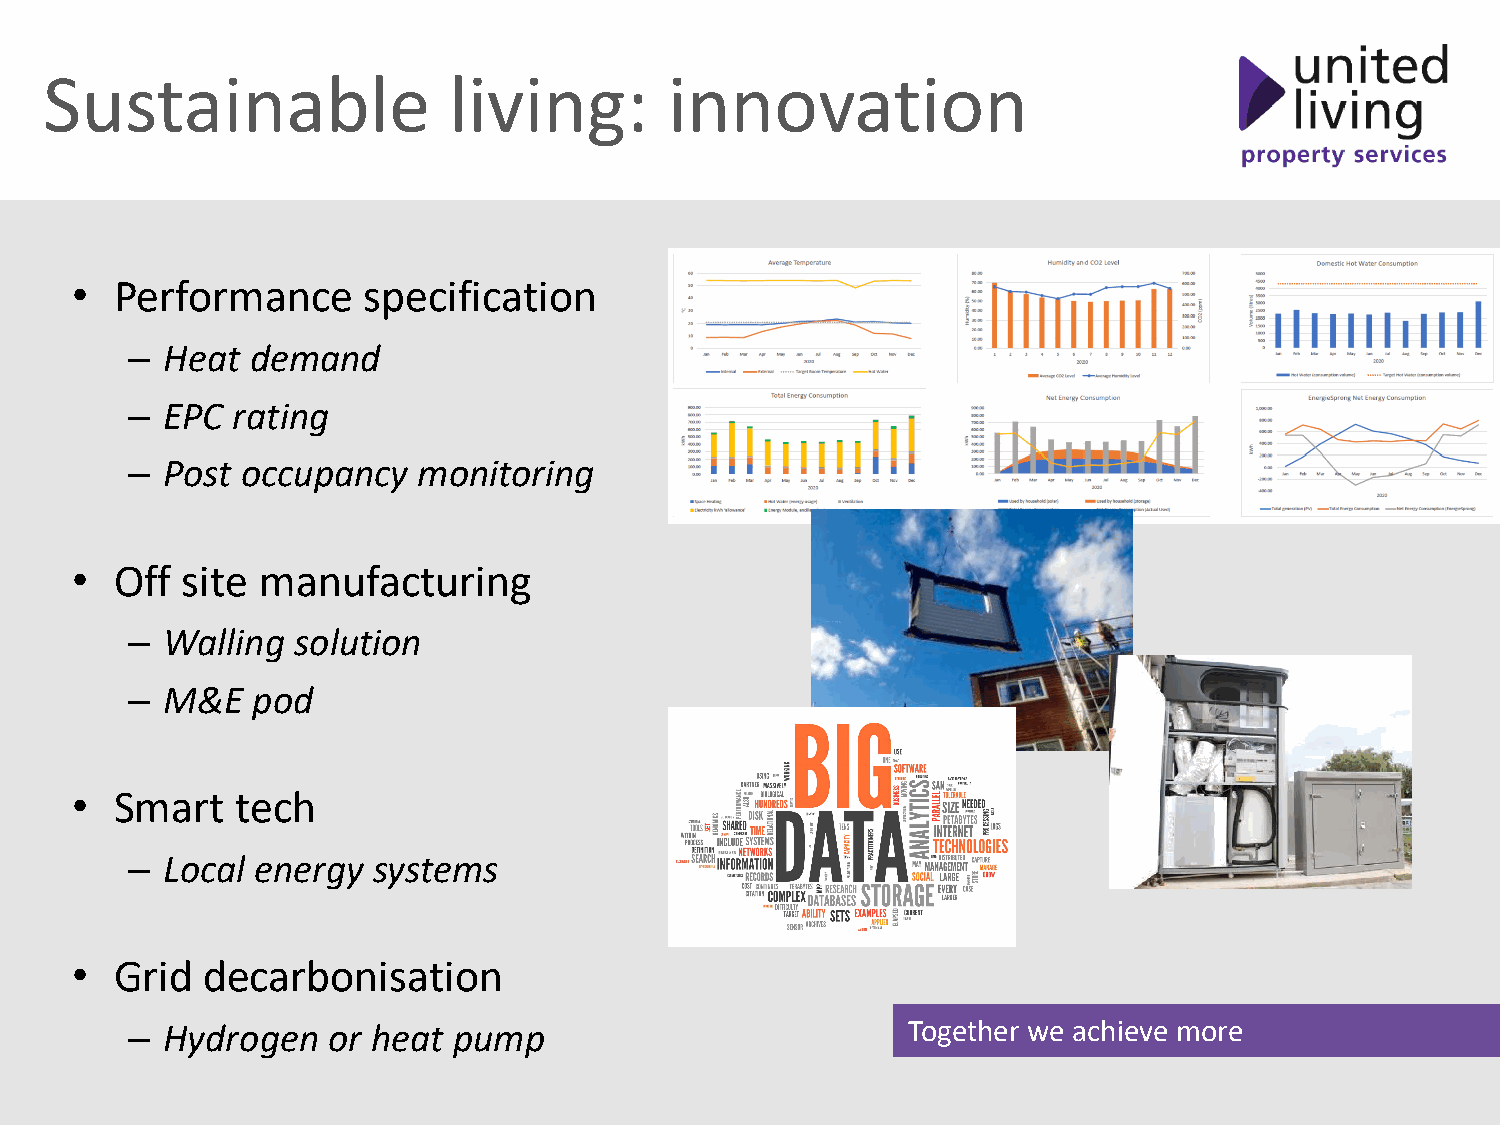
Sustainable                living:       innovation
 •  Performance     specification
 –  Heat  demand
 –  EPC rating
 –  Post occupancy   monitoring
 •  Off site manufacturing
 –  Walling solution
 –  M&E   pod
 •  Smart   tech
 –  Local energy  systems
 •  Grid decarbonisation
 –  Hydrogen   or heat pump                          Together we achieve more